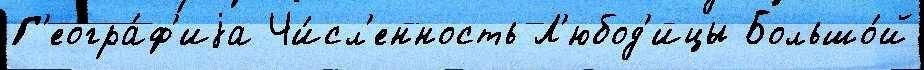
Г'еогра́ф'иjа Чи́сл'енность Л'юбод'ицы Большо́й